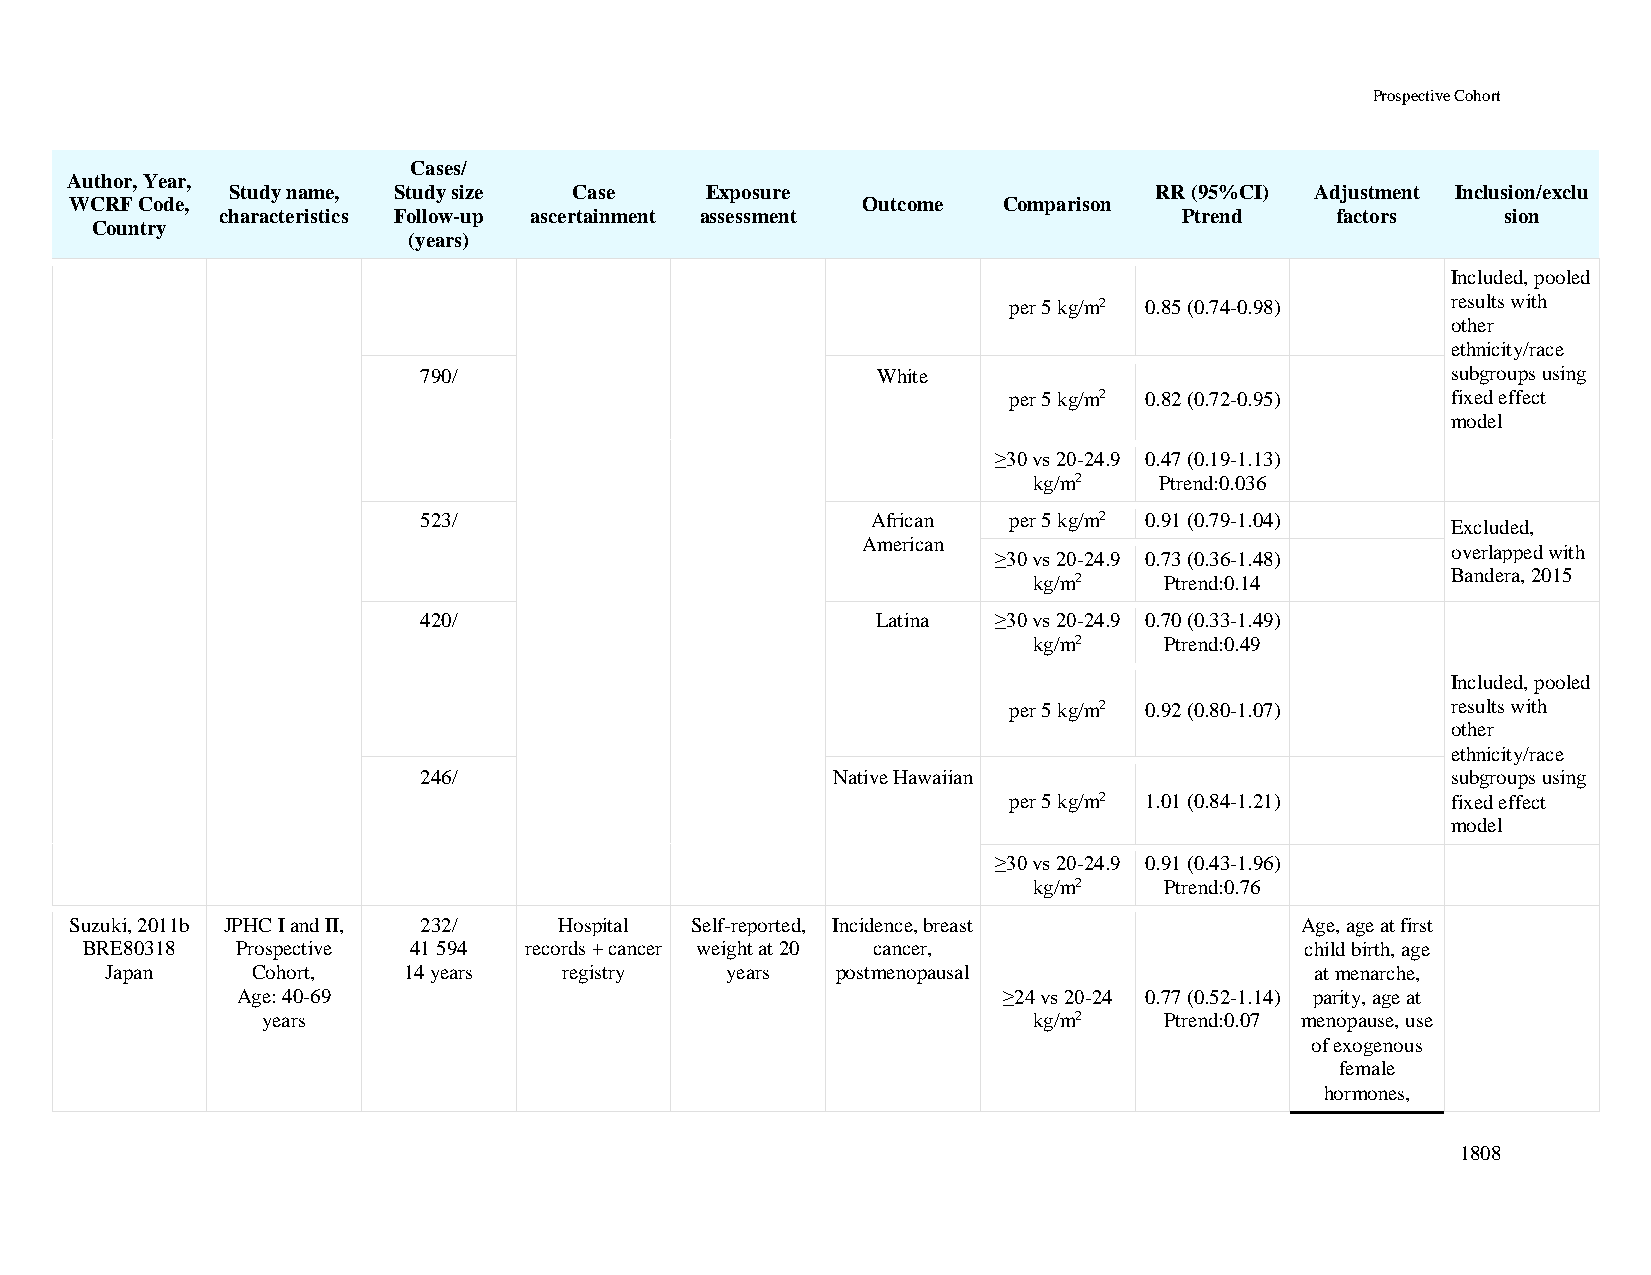
Prospective Cohort
 Cases/
 Author, Year,
 Study name, Study size Case     Exposure                     RR (95%CI) Adjustment Inclusion/exclu
 WCRF Code,                                          Outcome  Comparison
 characteristics Follow-up ascertainment assessment             Ptrend    factors     sion
 Country
 (years)
 Included, pooled
 per 5 kg/m2 0.85 (0.74-0.98) results with
 other
 ethnicity/race
 790/                          White                                 subgroups using
 per 5 kg/m2 0.82 (0.72-0.95) fixed effect
 model
 ≥30 vs 20-24.9 0.47 (0.19-1.13)
 kg/m2    Ptrend:0.036
 523/                          African  per 5 kg/m2 0.91 (0.79-1.04)
 Excluded,
 American
 overlapped with
 ≥30 vs 20-24.9 0.73 (0.36-1.48)
 kg/m2    Ptrend:0.14        Bandera, 2015
 420/                          Latina  ≥30 vs 20-24.9 0.70 (0.33-1.49)
 kg/m2    Ptrend:0.49
 Included, pooled
 per 5 kg/m2 0.92 (0.80-1.07) results with
 other
 ethnicity/race
 246/                       Native Hawaiian                          subgroups using
 per 5 kg/m2 1.01 (0.84-1.21) fixed effect
 model
 ≥30 vs 20-24.9 0.91 (0.43-1.96)
 kg/m2    Ptrend:0.76
 Suzuki, 2011b JPHC I and II, 232/ Hospital Self-reported, Incidence, breast      Age, age at first
 BRE80318   Prospective 41 594 records + cancer weight at 20 cancer,              child birth, age
 Japan     Cohort,   14 years  registry   years  postmenopausal                  at menarche,
 Age: 40-69                                        ≥24 vs 20-24 0.77 (0.52-1.14) parity, age at
 years                                              kg/m2    Ptrend:0.07 menopause, use
 of exogenous
 female
 hormones,
 1808